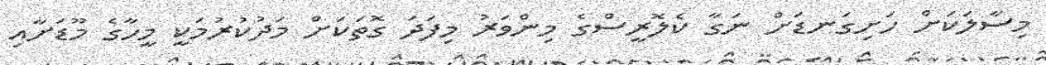
މިސާލަކަށް ހަށިގަނޑަށް ނަގާ ކެލޮރީސްގެ މިންވަރު މިފަދަ ގޮތަކަށް މަދުކުރުމަކީ މީހާގެ މޫޑަށާއި